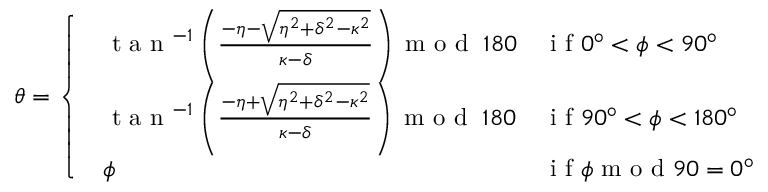
\theta = \left\{ \begin{array} { l l } { \begin{array} { l l } { \textrm { t a n } ^ { - 1 } \left( \frac { - \eta - \sqrt { \eta ^ { 2 } + \delta ^ { 2 } - \kappa ^ { 2 } } } { \kappa - \delta } \right) \textrm { m o d } \; 1 8 0 } & { \textrm { i f } 0 ^ { \circ } < \phi < 9 0 ^ { \circ } } \\ { \textrm { t a n } ^ { - 1 } \left( \frac { - \eta + \sqrt { \eta ^ { 2 } + \delta ^ { 2 } - \kappa ^ { 2 } } } { \kappa - \delta } \right) \textrm { m o d } \; 1 8 0 } & { \textrm { i f } 9 0 ^ { \circ } < \phi < 1 8 0 ^ { \circ } } \\ { \phi } & { \textrm { i f } \phi \textrm { m o d } 9 0 = 0 ^ { \circ } } \end{array} } \end{array} \right.